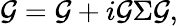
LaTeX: {\cal\mathcal{G}}=\mathcal{G}+i\mathcal{G}\Sigma{\cal\mathcal{G}},